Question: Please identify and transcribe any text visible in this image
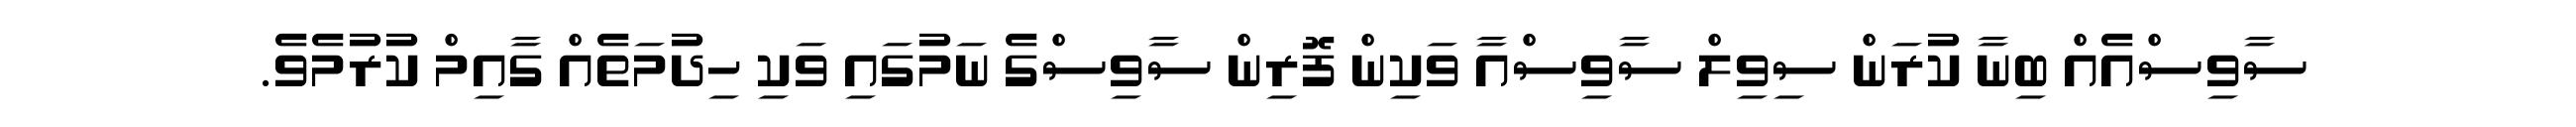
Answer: ސާވިސްއެއް ބިނާ ކުރަން ސިވިލް ސާވިސްއާ ވަކިން ފޮރިން ސާވިސްގެ ނަމުގައި ވަކި ހިދުމަތެއް ގާއިމް ކުރުމެވެ.